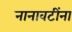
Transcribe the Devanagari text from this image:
नानावटींना